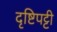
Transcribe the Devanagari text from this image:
दृष्टिपट्टी